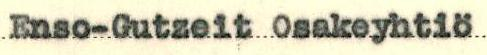
Enso-Gutzeit Osakeyhtiö